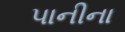
પાનીના